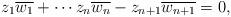
LaTeX: \begin{align*} z_1\overline{w_1}+ \cdots z_n\overline{w_n}-z_{n+1} \overline{w_{n+1}} =0,\end{align*}